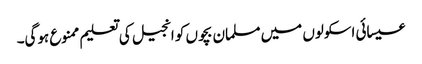
عیسائی اسکولوں میں مسلمان بچوں کو انجیل کی تعلیم ممنوع ہوگی۔